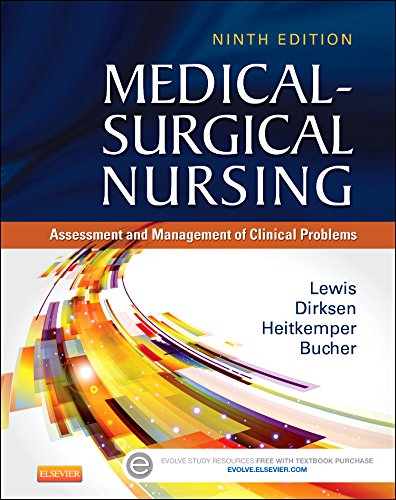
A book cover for Medical-Surgical Nursing: Assessment and Management of Clinical Problems, 9th Edition; Sharon L. Lewis; Medical Books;